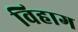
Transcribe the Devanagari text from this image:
विहाग